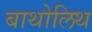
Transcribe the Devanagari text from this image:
बाथोलिथ